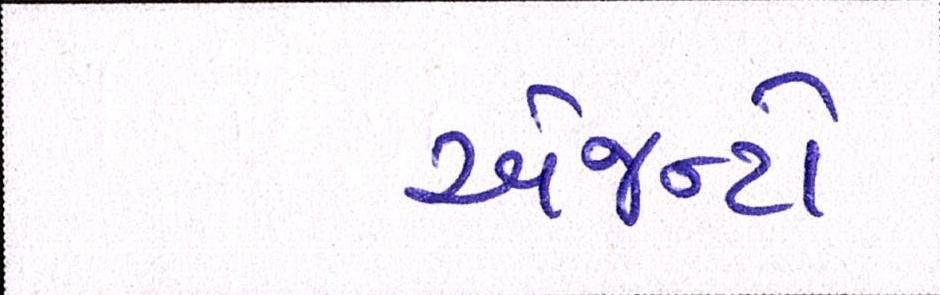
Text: એજન્ટો